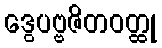
ဒွေပဗ္ဗဇိတဝတ္ထု